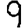
Digit: 9